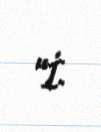
“İ.